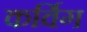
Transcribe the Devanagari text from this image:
कर्विग